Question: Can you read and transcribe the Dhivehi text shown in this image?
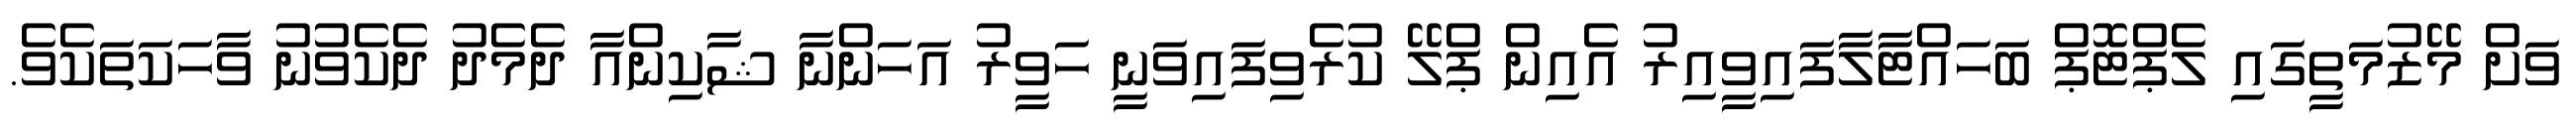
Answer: ވަށް މޭޒުމަތީގައި ލެޕްޓޮޕް ބަހައްޓާލާފައިވީއިރު އެއިން ޕްލޭ ކުރެވިފައިވަނީ ހަވީރު އަހަންނާ ޝާކިންއާ ދެމެދު ދެކެވުނު ވާހަކަތަކެވެ.